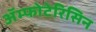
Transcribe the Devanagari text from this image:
ॲम्फोटेरिसिन